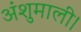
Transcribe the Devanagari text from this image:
अंशुमाली।